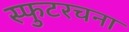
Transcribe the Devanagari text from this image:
स्फुटरचना